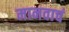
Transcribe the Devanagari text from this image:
मानवाचं